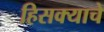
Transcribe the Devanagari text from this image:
हिसक्याचे